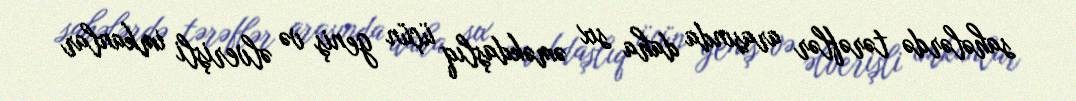
sahələrdə tərəflər arasında daha sıx əməkdaşlıq üçün geniş və əlverişli imkanlar